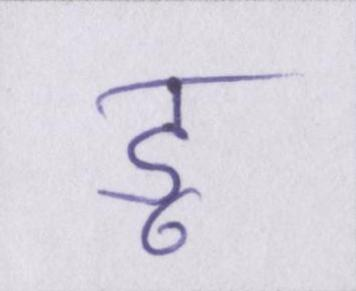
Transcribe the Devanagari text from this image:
डू